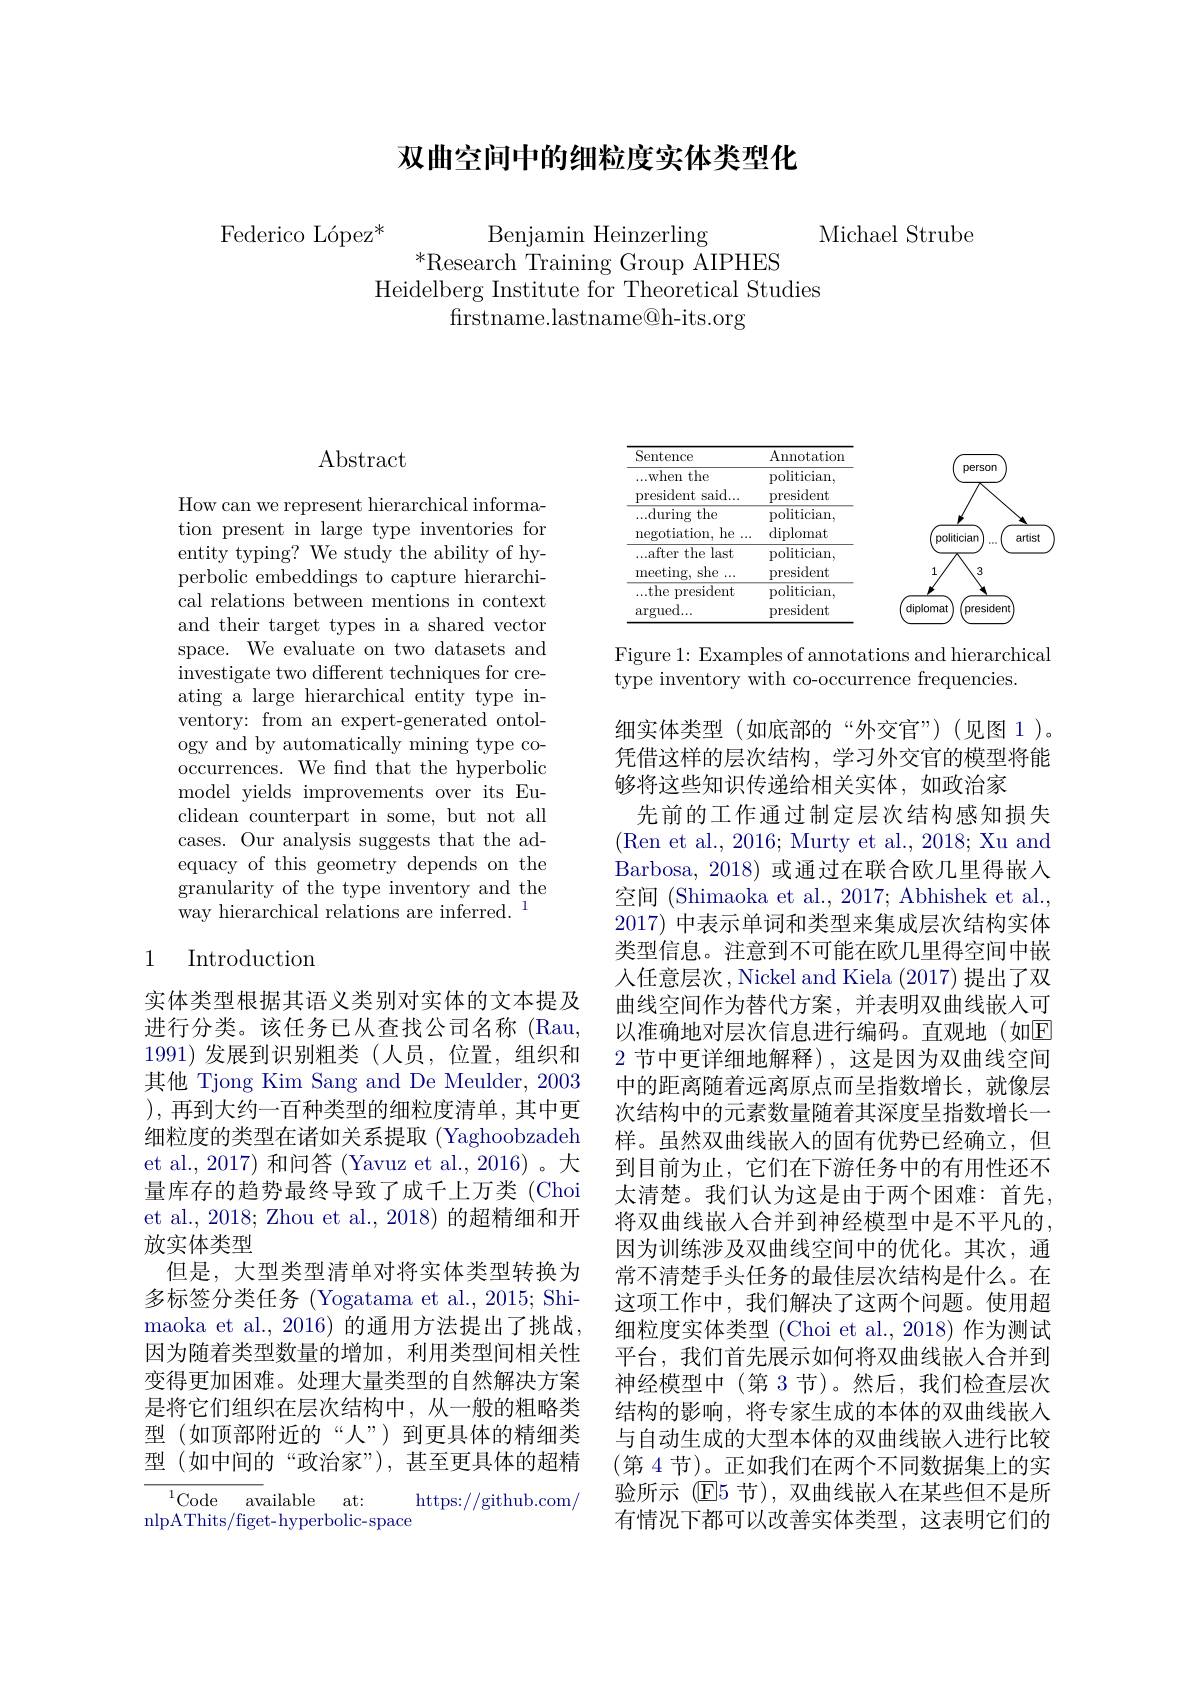
## 双曲空间中的细粒度实体类型化

Federico López* Benjamin Heinzerling
$^*$Research Training Group AIPHES
Heidelberg Institute for Theoretical Studies
$\bar{\mathrm{frstname.lastname@h-its.org}}$

Michael Strube

## $\operatorname{Abstract}$

How can we represent hierarchical information present in large type inventories for entity typing? We study the ability of hyperbolic embeddings to capture hierarchical relations between mentions in context and their target types in a shared vector space. We evaluate on two datasets and investigate two different techniques for creating a large hierarchical entity type inventory: from an expert-generated ontology and by automatically mining type cooccurrences. We find that the hyperbolic model yields improvements over its Euclidean counterpart in some, but not all cases. Our analysis suggests that the adequacy of this geometry depends on the granularity of the type inventory and the $\bar{\text{way hierarchical relations are inferred.}}^{1}$

## 1 Introduction

实体类型根据其语义类别对实体的文本提及进行分类。该任务已从查找公司名称(Rau, 1991)发展到识别粗类(人员，位置，组织和其他 Tjong Kim Sang and De Meulder, 2003 ),再到大约一百种类型的细粒度清单，其中更细粒度的类型在诸如关系提取 (Yaghoobzadeh et al., 2017) 和问答 (Yavuz et al., 2016)。大量库存的趋势最终导致了成千上万类(Choi et al., 2018; Zhou et al., 2018) 的超精细和开放实体类型
但是，大型类型清单对将实体类型转换为多标签分类任务 (Yogatama et al., 2015; Shimaoka et al., 2016) 的通用方法提出了挑战， 因为随着类型数量的增加，利用类型间相关性变得更加困难。处理大量类型的自然解决方案是将它们组织在层次结构中，从一般的粗略类型(如顶部附近的“人”)到更具体的精细类型 (如中间的“政治家”),甚至更具体的超精
${\overline{{^{1}\mathrm{Code}\:\mathrm{av}}}}$ailable at:

https: / / github. com/
nlpAThits/ figet- hyperbolic- space

<FigureHere>

Figure 1: Examples of annotations and hierarchical
type inventory with co-occurrence frequencies.

细实体类型(如底部的“外交官”)(见图 1)。凭借这样的层次结构，学习外交官的模型将能够将这些知识传递给相关实体，如政治家
先前的工作通过制定层次结构感知损失(Ren et al., 2016; Murty et al., 2018; Xu and Barbosa, 2018) 或通过在联合欧几里得嵌入空间 (Shimaoka et al., 2017; Abhishek et al. 2017) 中表示单词和类型来集成层次结构实体类型信息。注意到不可能在欧几里得空间中嵌人任意层次，Nickel and Kiela (2017)提出了双曲线空间作为替代方案，并表明双曲线嵌入可以准确地对层次信息进行编码。直观地(如E 2 节中更详细地解释),这是因为双曲线空间中的距离随着远离原点而呈指数增长，就像层次结构中的元素数量随着其深度呈指数增长一样。虽然双曲线嵌入的固有优势已经确立，但到目前为止，它们在下游任务中的有用性还不太清楚。我们认为这是由于两个困难：首先， 将双曲线嵌人合并到神经模型中是不平凡的， 因为训练涉及双曲线空间中的优化。其次，通常不清楚手头任务的最佳层次结构是什么。在这项工作中，我们解决了这两个问题。使用超细粒度实体类型 (Choi et al., 2018) 作为测试平台，我们首先展示如何将双曲线嵌人合并到神经模型中(第 3 节)。然后，我们检查层次结构的影响，将专家生成的本体的双曲线嵌入与自动生成的大型本体的双曲线嵌人进行比较(第 4 节)。正如我们在两个不同数据集上的实验所示 (E5 节), 双曲线嵌入在某些但不是所有情况下都可以改善实体类型，这表明它们的